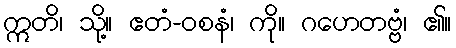
ဣတိ၊ သို့။ ဧတံ-ဝစနံ၊ ကို။ ဂဟေတဗ္ဗံ၊ ၏။